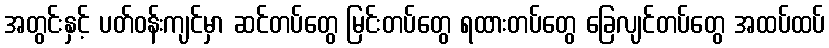
အတွင်းနှင့် ပတ်ဝန်းကျင်မှာ ဆင်တပ်တွေ မြင်းတပ်တွေ ရထားတပ်တွေ ခြေလျင်တပ်တွေ အထပ်ထပ်